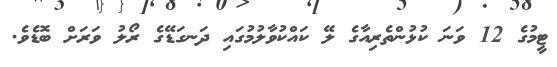
ޓީމުގެ 12 ވަނަ ކުޅުންތެރިއާގެ ލޭ ކައްކުވާލުމުގައި ދަނގަޑޭގެ ރޯލު ވަރަށް ބޮޑެވެ.